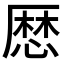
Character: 𢟍